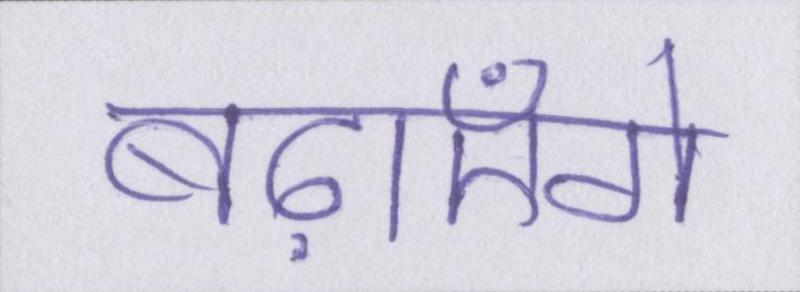
बढ़ाएँगे